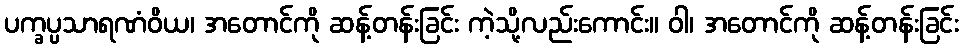
ပက္ခပ္ပသာရဏံဝိယ၊ အတောင်ကို ဆန့်တန်းခြင်း ကဲ့သို့လည်းကောင်း။ ဝါ၊ အတောင်ကို ဆန့်တန်းခြင်း